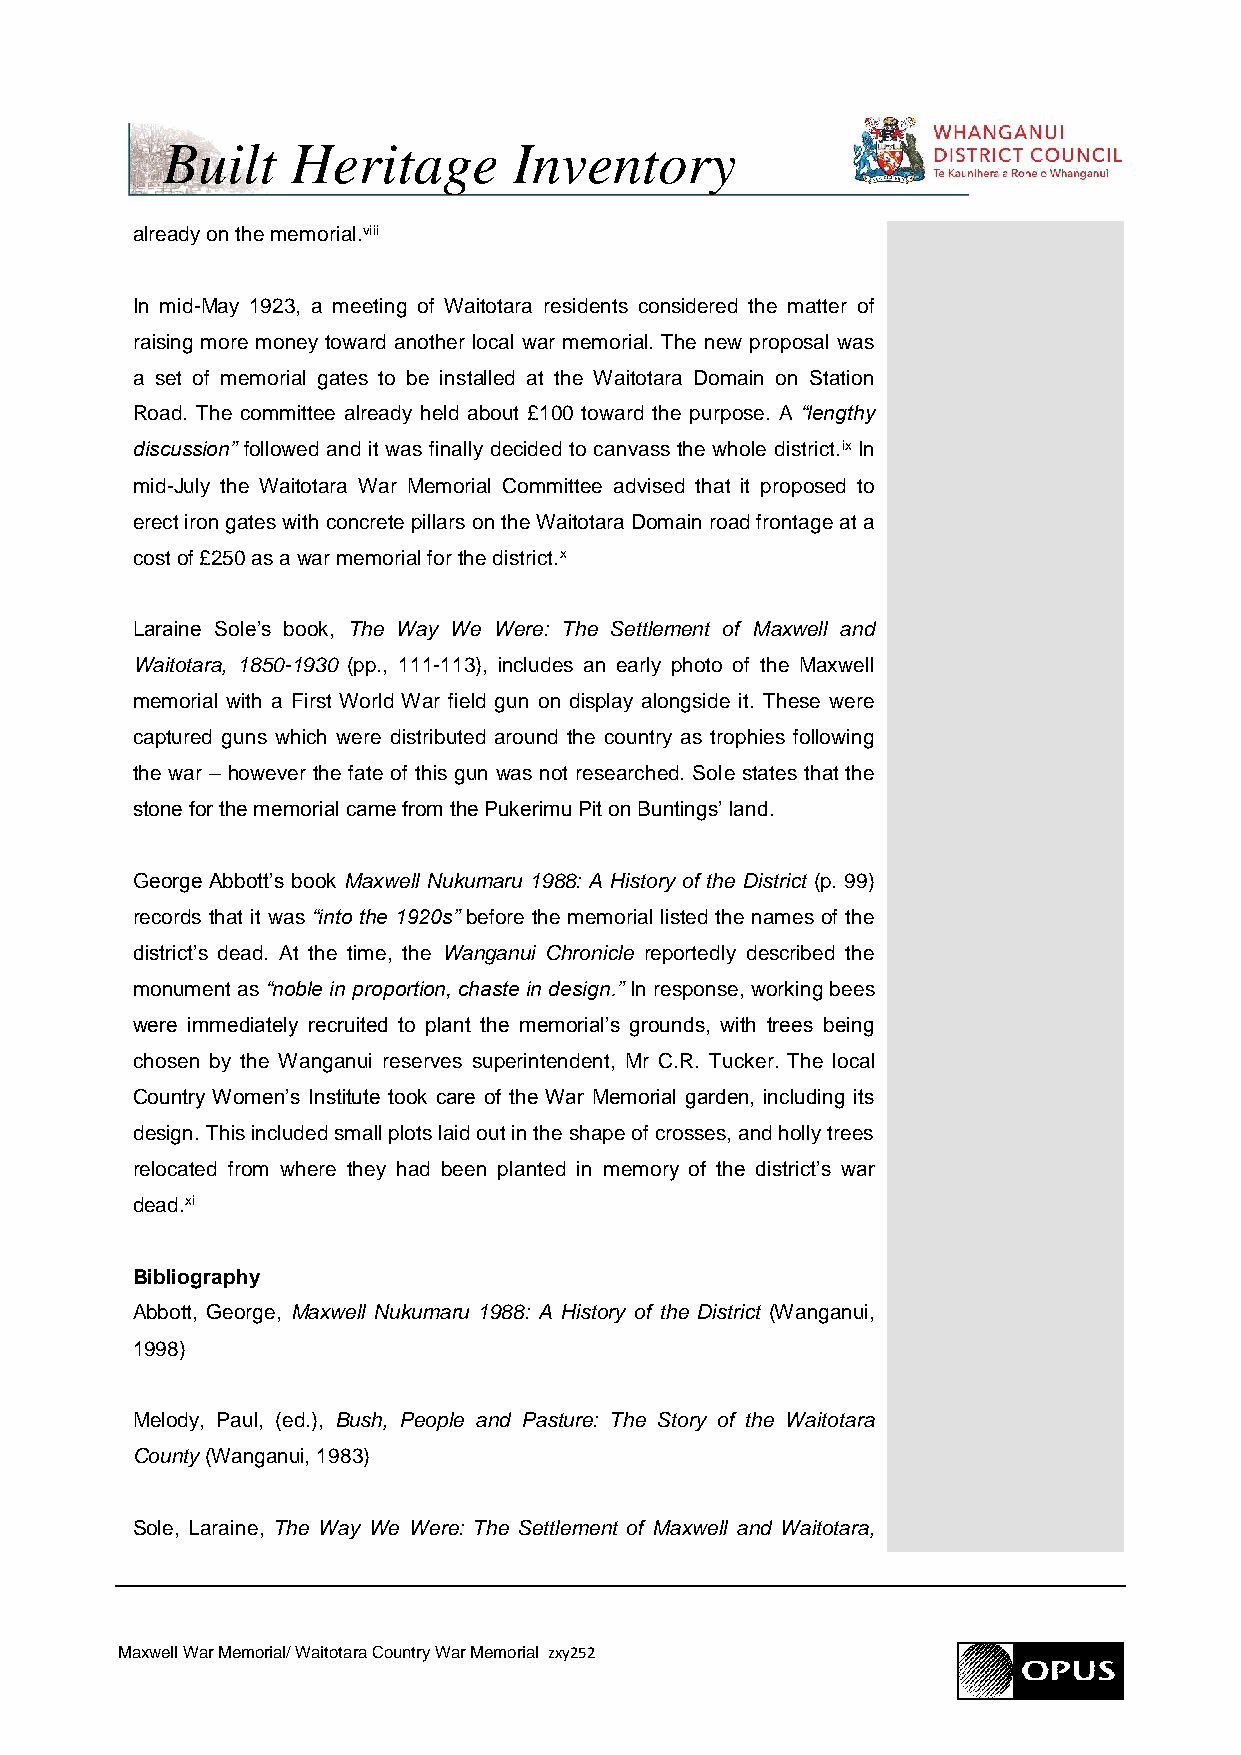
Built   Heritage       Inventory
 already on the memorial.viii
 In mid-May 1923, a meeting of Waitotara residents considered the matter of
 raising more money toward another local war memorial. The new proposal was
 a set of memorial gates to be installed at the Waitotara Domain on Station
 Road. The committee already held about £100 toward the purpose. A “lengthy
 discussion” followed and it was finally decided to canvass the whole district.ix In
 mid-July the Waitotara War Memorial Committee advised that it proposed to
 erect iron gates with concrete pillars on the Waitotara Domain road frontage at a
 cost of £250 as a war memorial for the district.x
 Laraine Sole’s book, The Way We Were: The Settlement of Maxwell and
 Waitotara, 1850-1930 (pp., 111-113), includes an early photo of the Maxwell
 memorial with a First World War field gun on display alongside it. These were
 captured guns which were distributed around the country as trophies following
 the war – however the fate of this gun was not researched. Sole states that the
 stone for the memorial came from the Pukerimu Pit on Buntings’ land.
 George Abbott’s book Maxwell Nukumaru 1988: A History of the District (p. 99)
 records that it was “into the 1920s” before the memorial listed the names of the
 district’s dead. At the time, the Wanganui Chronicle reportedly described the
 monument as “noble in proportion, chaste in design.” In response, working bees
 were immediately recruited to plant the memorial’s grounds, with trees being
 chosen by the Wanganui reserves superintendent, Mr C.R. Tucker. The local
 Country Women’s Institute took care of the War Memorial garden, including its
 design. This included small plots laid out in the shape of crosses, and holly trees
 relocated from where they had been planted in memory of the district’s war
 dead.xi
 Bibliography
 Abbott, George, Maxwell Nukumaru 1988: A History of the District (Wanganui,
 1998)
 Melody, Paul, (ed.), Bush, People and Pasture: The Story of the Waitotara
 County (Wanganui, 1983)
 Sole, Laraine, The Way We Were: The Settlement of Maxwell and Waitotara,
 Maxwell War Memorial/ Waitotara Country War Memorial zxy252